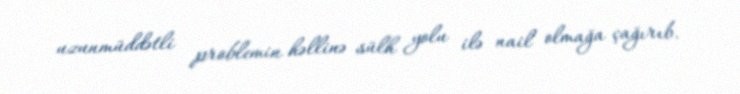
uzunmüddətli problemin həllinə sülh yolu ilə nail olmağa çağırıb.